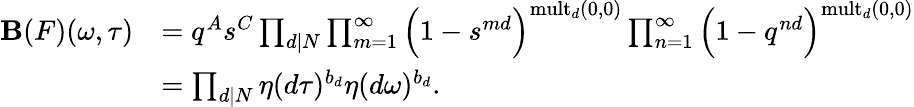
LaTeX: \begin{array}{rl}{\mathbf{B}(F)(\omega,\tau)}&{=q^{A}s^{C}\prod_{d|N}\prod_{m=1}^{\infty}\Big(1-s^{md}\Big)^{\mathrm{mult}_{d}(0,0)}\prod_{n=1}^{\infty}\Big(1-q^{nd}\Big)^{\mathrm{mult}_{d}(0,0)}}\\ &{=\prod_{d|N}\eta(d\tau)^{b_{d}}\eta(d\omega)^{b_{d}}.}\end{array}